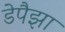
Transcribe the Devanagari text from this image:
डेपैझा